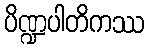
ပိဏ္ဍပါတိကဿ